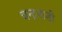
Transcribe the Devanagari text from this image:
चन्द्रनाडी